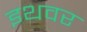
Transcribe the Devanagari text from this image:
इथवर